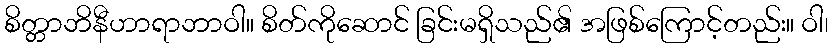
စိတ္တာဘိနီဟာရာဘာဝါ။ စိတ်ကိုဆောင် ခြင်းမရှိသည်၏ အဖြစ်ကြောင့်တည်း။ ဝါ၊